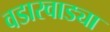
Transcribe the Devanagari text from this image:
वडारवाड्या